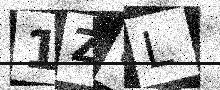
Text: 1Z8L